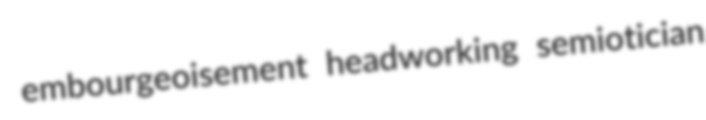
embourgeoisement headworking semiotician